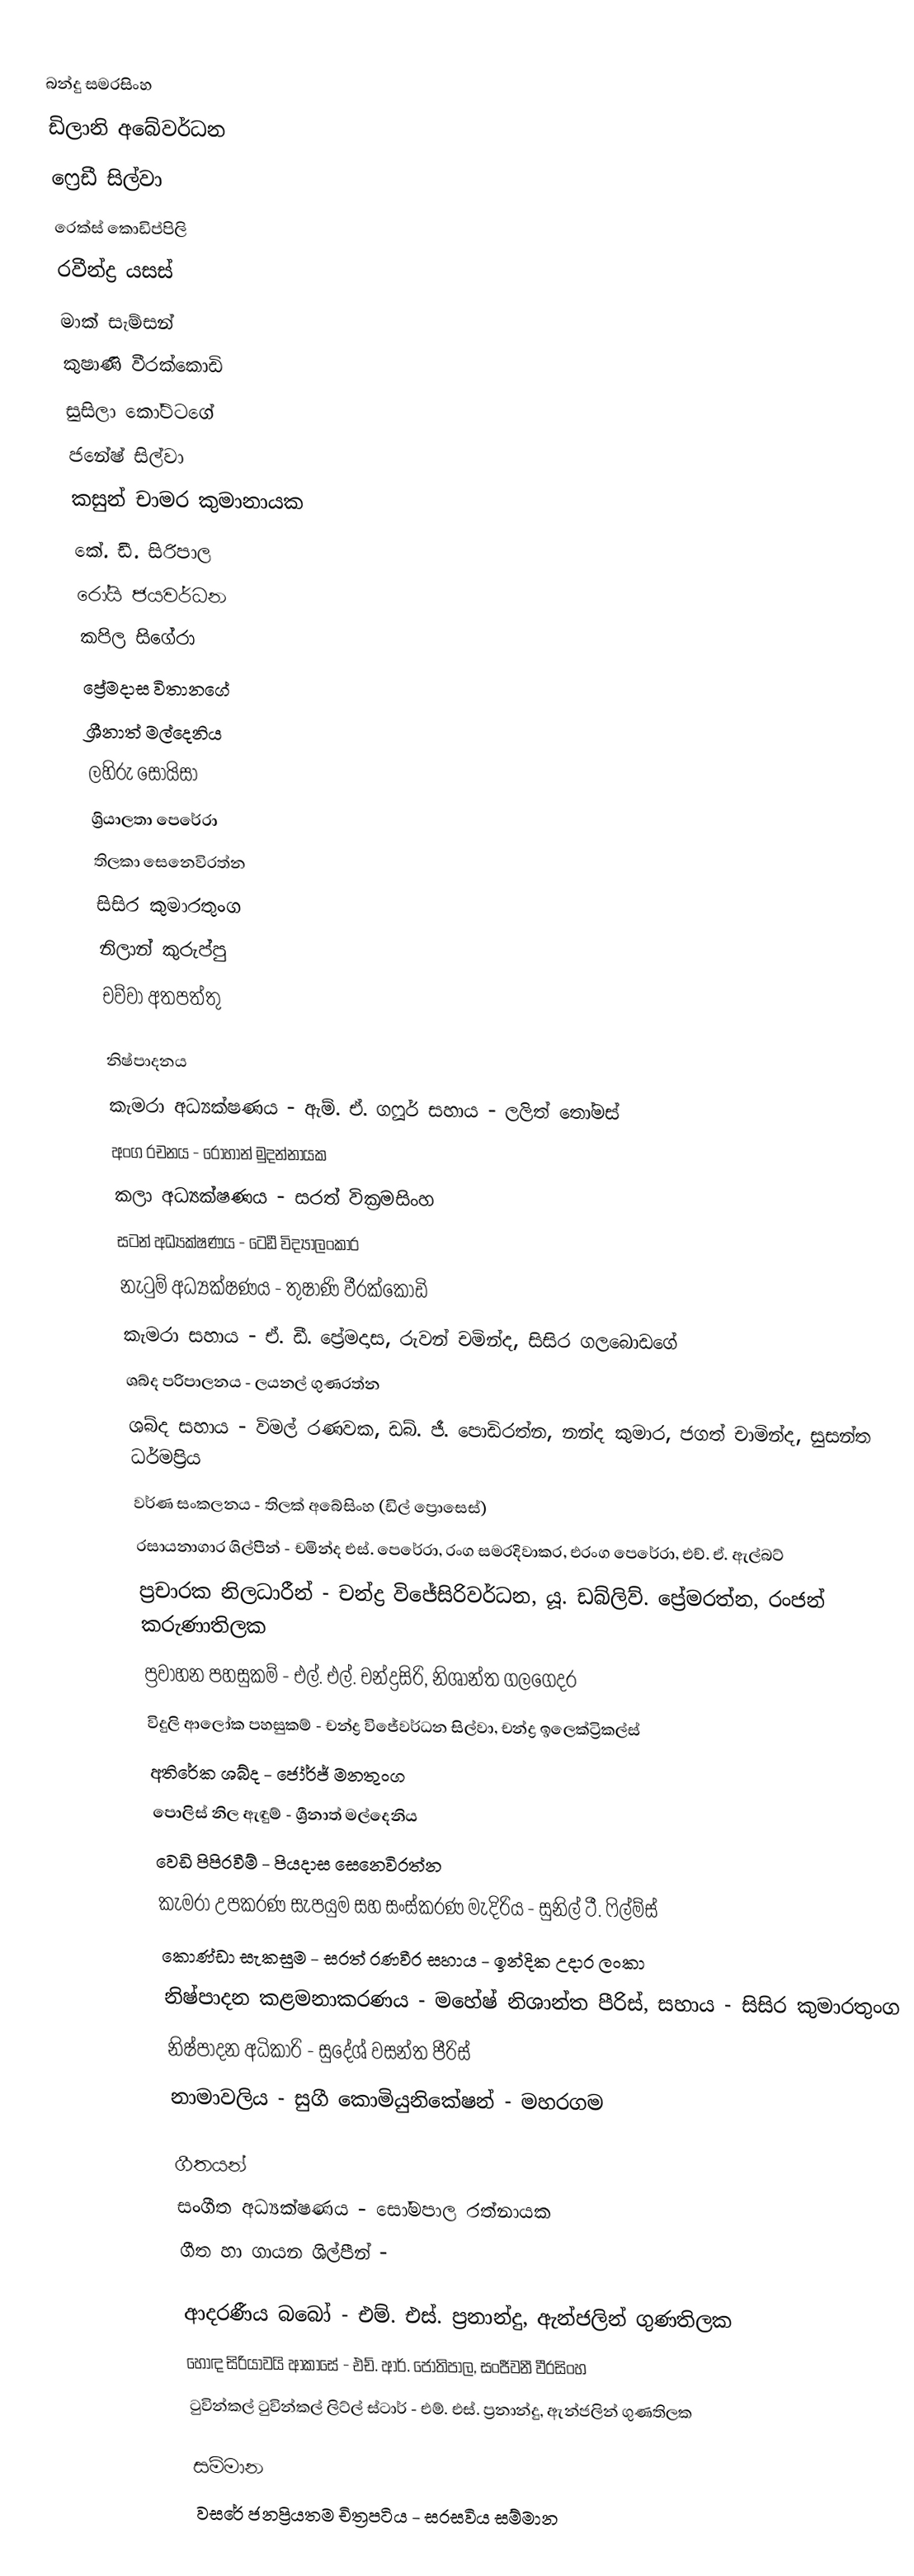
බන්දු සමරසිංහ
ඩිලානි අබේවර්ධන
ෆ්‍රෙඩී සිල්වා
රෙක්ස් කොඩිප්පිලි
රවීන්ද්‍ර යසස්
මාක් සැම්සන්
කුෂාණි වීරක්කොඩි
සුසිලා කෝට්ටගේ
ජනේෂ් සිල්වා
කසුන් චාමර කුමානායක
කේ. ඩී. සිරිපාල
රෝයි ජයවර්ධන
කපිල සිගේරා
ප්‍රේමදාස විතානගේ
ශ්‍රීනාත් මල්දෙනිය
ලහිරු සොයිසා
ශ්‍රියාලතා පෙරේරා
තිලකා සෙනෙවිරත්න
සිසිර කුමාරතුංග
නිලාන් කුරුප්පු
චව්වා අතපත්තු

නිෂ්පාදනය
කැමරා අධ්‍යක්ෂණය - ඇම්. ඒ. ගෆූර් සහාය - ලලිත් තෝමස්
අංග රචනය - රොහාන් මුදන්නායක
කලා අධ්‍යක්ෂණය - සරත් වික්‍රමසිංහ
සටන් අධ්‍යක්ෂණය - ටෙඩී විද්‍යාලංකාර
නැටුම් අධ්‍යක්ෂණය - තුෂාණි වීරක්කොඩි
කැමරා සහාය - ඒ. ඩී. ප්‍රේමදාස, රුවන් චමින්ද, සිසිර ගලබොඩගේ
ශබ්ද පරිපාලනය - ලයනල් ගුණරත්න
ශබ්ද සහාය - විමල් රණවක, ඩබ්. ජී. පොඩිරත්න, නන්ද කුමාර, ජගත් චාමින්ද, සුසන්ත ධර්මප්‍රිය
වර්ණ සංකලනය - තිලක් අබේසිංහ (ඩිල් ප්‍රොසෙස්)
රසායනාගාර ශිල්පීන් - චමින්ද එස්. පෙරේරා, රංග සමරදිවාකර, එරංග පෙරේරා, එච්. ඒ. ඇල්බට්
ප්‍රචාරක නිලධාරීන් - චන්ද්‍ර විජේසිරිවර්ධන, යූ. ඩබ්ලිව්. ප්‍රේමරත්න, රංජන් කරුණාතිලක
ප්‍රවාහන පහසුකම් - එල්. එල්. චන්ද්‍රසිරි, නිශාන්ත ගලගෙදර
විදුලි ආලෝක පහසුකම් - චන්ද්‍ර විජේවර්ධන සිල්වා, චන්ද්‍ර ඉලෙක්ට්‍රිකල්ස්
අතිරේක ශබ්ද - ජෝර්ජ් මනතුංග
පොලිස් නිල ඇඳුම් - ශ්‍රීනාත් මල්දෙනිය
වෙඩි පිපිරවීම් - පියදාස සෙනෙවිරත්න
කැමරා උපකරණ සැපයුම සහ සංස්කරණ මැදිරිය - සුනිල් ටී. ෆිල්ම්ස්
කොණ්ඩා සැකසුම - සරත් රණවීර සහාය - ඉන්දික උදාර ලංකා
නිෂ්පාදන කළමනාකරණය - මහේෂ් නිශාන්ත පීරිස්, සහාය - සිසිර කුමාරතුංග
නිෂ්පාදන අධිකාරි - සුදේශ් වසන්ත පීරිස්
නාමාවලිය - සුගී කොමියුනිකේෂන් - මහරගම

ගීතයන්
සංගීත අධ්‍යක්ෂණය - සෝමපාල රත්නායක
ගීත හා ගායන ශිල්පීන් -

ආදරණීය බබෝ - එම්. එස්. ප්‍රනාන්දු, ඇන්ජලින් ගුණතිලක
හොඳ සිරියාවයි ආකාසේ - එච්. ආර්. ජෝතිපාල, සංජීවනී වීරසිංහ
ටුවින්කල් ටුවින්කල් ලිට්ල් ස්ටාර් - එම්. එස්. ප්‍රනාන්දු, ඇන්ජලින් ගුණතිලක

සම්මාන
වසරේ ජනප්‍රියතම චිත්‍රපටිය - සරසවිය සම්මාන